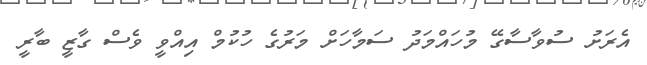
އެރަށު ސުވާސާގޭ މުހައްމަދު ސަމާހަށް މަރުގެ ހުކުމް އިއްވީ ވެސް ގާޒީ ބާރީ